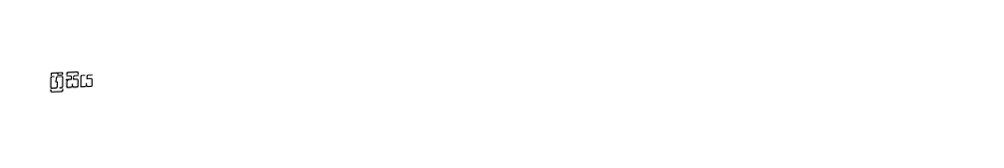
ග්‍රීසිය